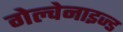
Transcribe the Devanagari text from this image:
गेल्वेनाइज्ड